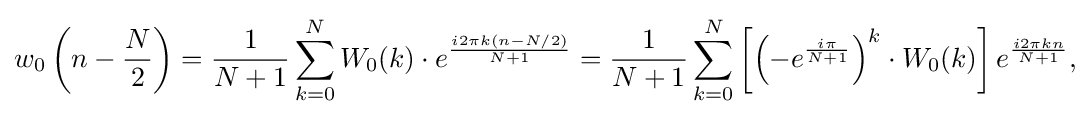
{\begin{aligned}w_{0}\left(n-{\frac {N}{2}}\right)={\frac {1}{N+1}}\sum _{k=0}^{N}W_{0}(k)\cdot e^{\frac {i2\pi k(n-N/2)}{N+1}}={\frac {1}{N+1}}\sum _{k=0}^{N}\left[\left(-e^{\frac {i\pi }{N+1}}\right)^{k}\cdot W_{0}(k)\right]e^{\frac {i2\pi kn}{N+1}},\end{aligned}}